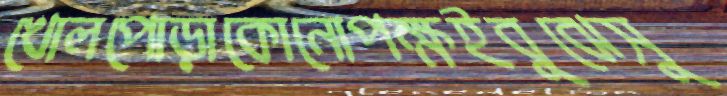
খোলপোড়াকোনোপক্ষইবুঝেসু